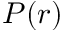
P ( r )